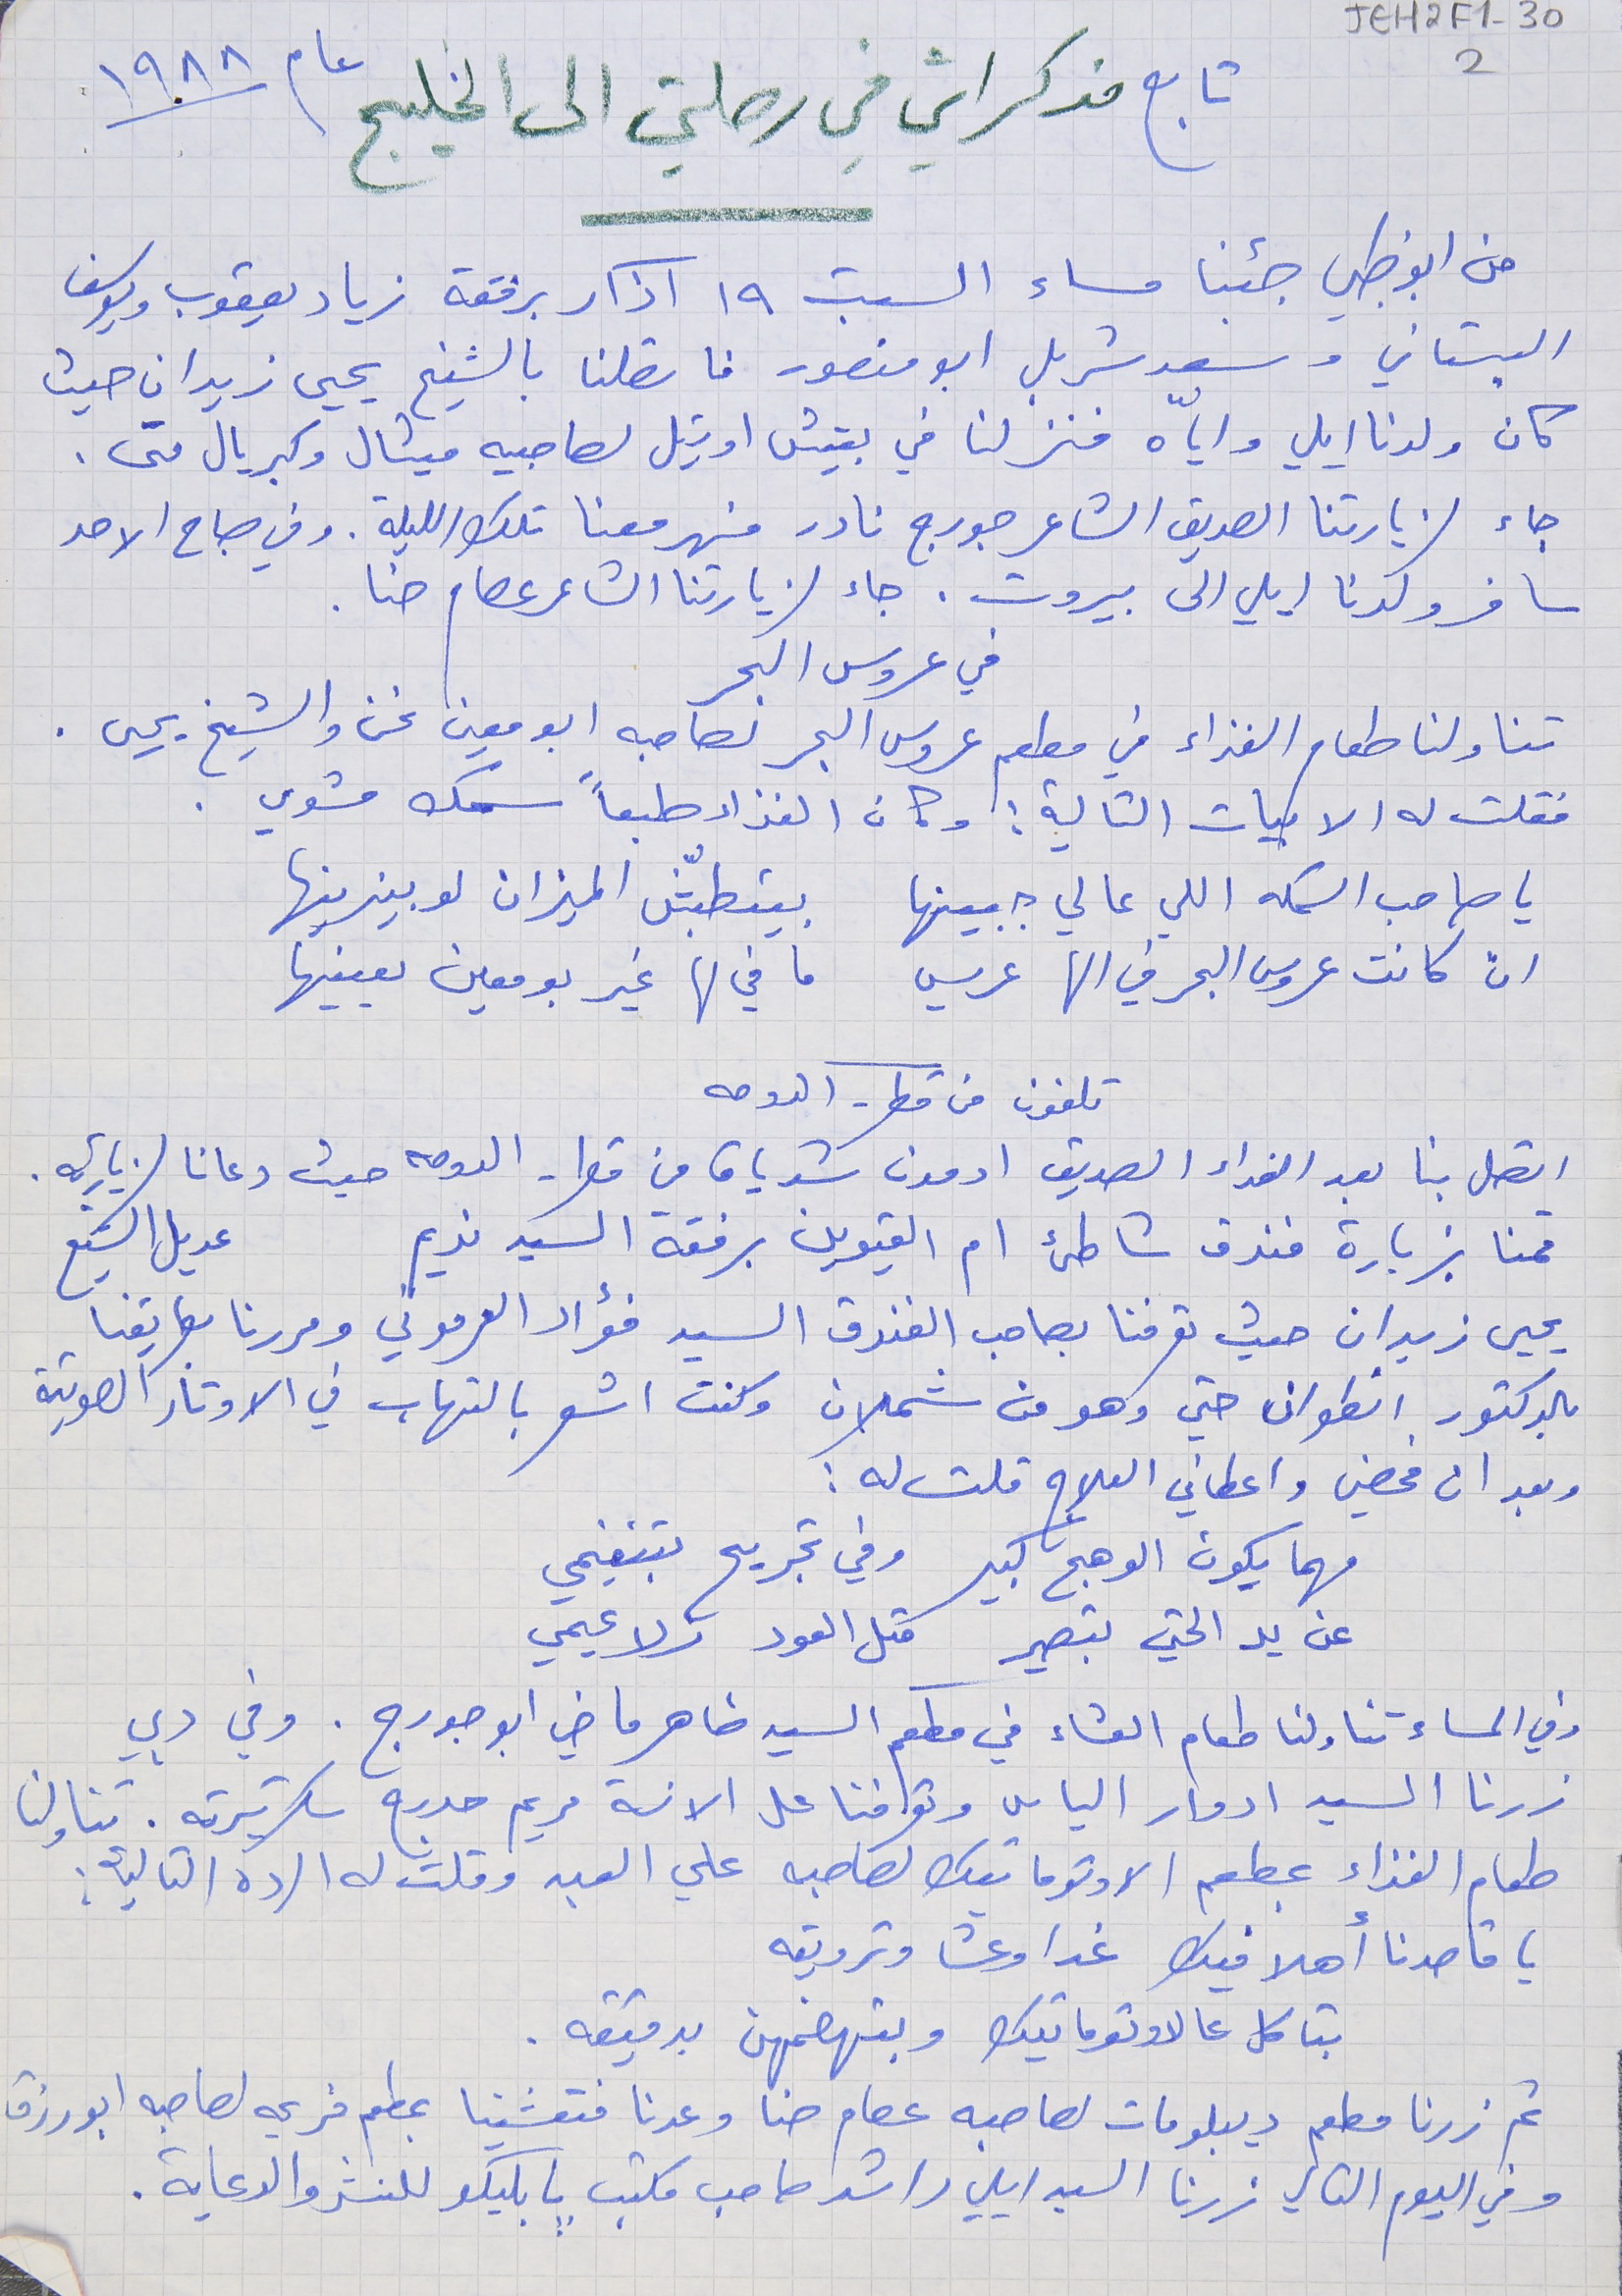
JEH2F1-302
 تابع مذكراتي فى رحلتي الى الخليج عام ١٩٨٨
من ابو ظبي جئنا مساء السبت ١٩ آذار برفقة زياد يعقوب ويوسف
البستاني وسعد شربل ابو منصور فاتصلنا بالشيخ يحيى زيدان حيث
 كان ولدنا ايلي واياّه فنزلنا في بيتش اوتيل لصاحبيه ميشال وكبريال متى.
 جاء لزيارتنا الصديق الشاعر جورج نادر فسهر معنا تلك الليلة. وفي صباح الاحد
 سافر ولدنا ايلي الى بيروت. جاء لزيارتنا الشاعر عصام حنا.
 في عروس البحر
 تناولنا طعام الغذاء في مطعم عروس البحر لصاحبه ابو معين نحن والشيخ يحيى .
 فقلت له الابيات التالية : وكان الغذاء طبعاً سمك مشوي .
 يا صاحب السمكه اللي عالي جبينها     بيتطبّش الميزان لو بيزينها
 ان كانت عروس البحر في الها عريس    ما في لها غير بو معين يعينها
 تلفون من قطر - الدوحه
اتصل بنا بعد الغداء الصديق ادمون شدياق من قطر - الدوحه حيث دعانا لزيارته.
قمنا بزيارة فندق شاطئ ام القيوين برفقة السيد نديم      عديل الشيخ
 يحيى زيدان حيث تعرفنا بصاحب الفندق السيد فؤاد العرموني ومررنا بطريقنا
بالدكتور انطوان حتي وهو من شملان وكنت اشعر بالتهاب في الاوتار الصوتية
وبعد ان فحصني واعطاني العلاج قلت له :
مهما يكون الوهج كبير     وفي تجريح بتنغيمي
عن يد الحتي بتصير     متل العود زلاعيمي
وفي المساء تناولنا طعام العشاء في مطعم السيد ضاهر ماضي ابو جورج. وفي دبي
زرنا السيد ادوار الياس وتعرفنا على الانسة مريم حدرج سكرتيرته. تناولنا
 طعام الغذاء بمطعم الاوتوماتيك لصاحبه علي العبد وقلت له الرده التالية :
يا قاصدنا أهلا فيك غدا وعشا وترويقه
 بتاكل عالاوتوماتيك     وبتهضمهن بدقيقه .
ثم زرنا مطهم ديبلومات لصاحبه عصام حنا وعدنا فتعشينا بعطم فريحه لصاحبه ابو رزق
 وفي اليوم التالي زرنا السيد ايلي راشد صاحب مكتب بابليكو للنشر والدعاية .